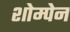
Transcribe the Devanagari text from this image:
शोम्पेन